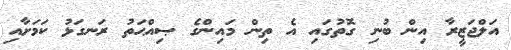
އަލްޖަޒީރާ އިން ބުނި ގޮތުގައި އެ ތިން މައިންގެ ޞިއްޙަތު ރަނގަޅު ކަމަށާއި